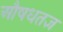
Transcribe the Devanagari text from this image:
औषधतज्ञ